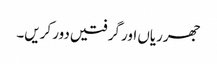
جھرریاں اور گرفتیں دور کریں۔